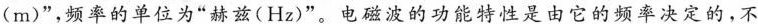
(m)”，频率的单位为”赫兹(Hz)”。电磁波的功能特性是由它的频率决定的，不